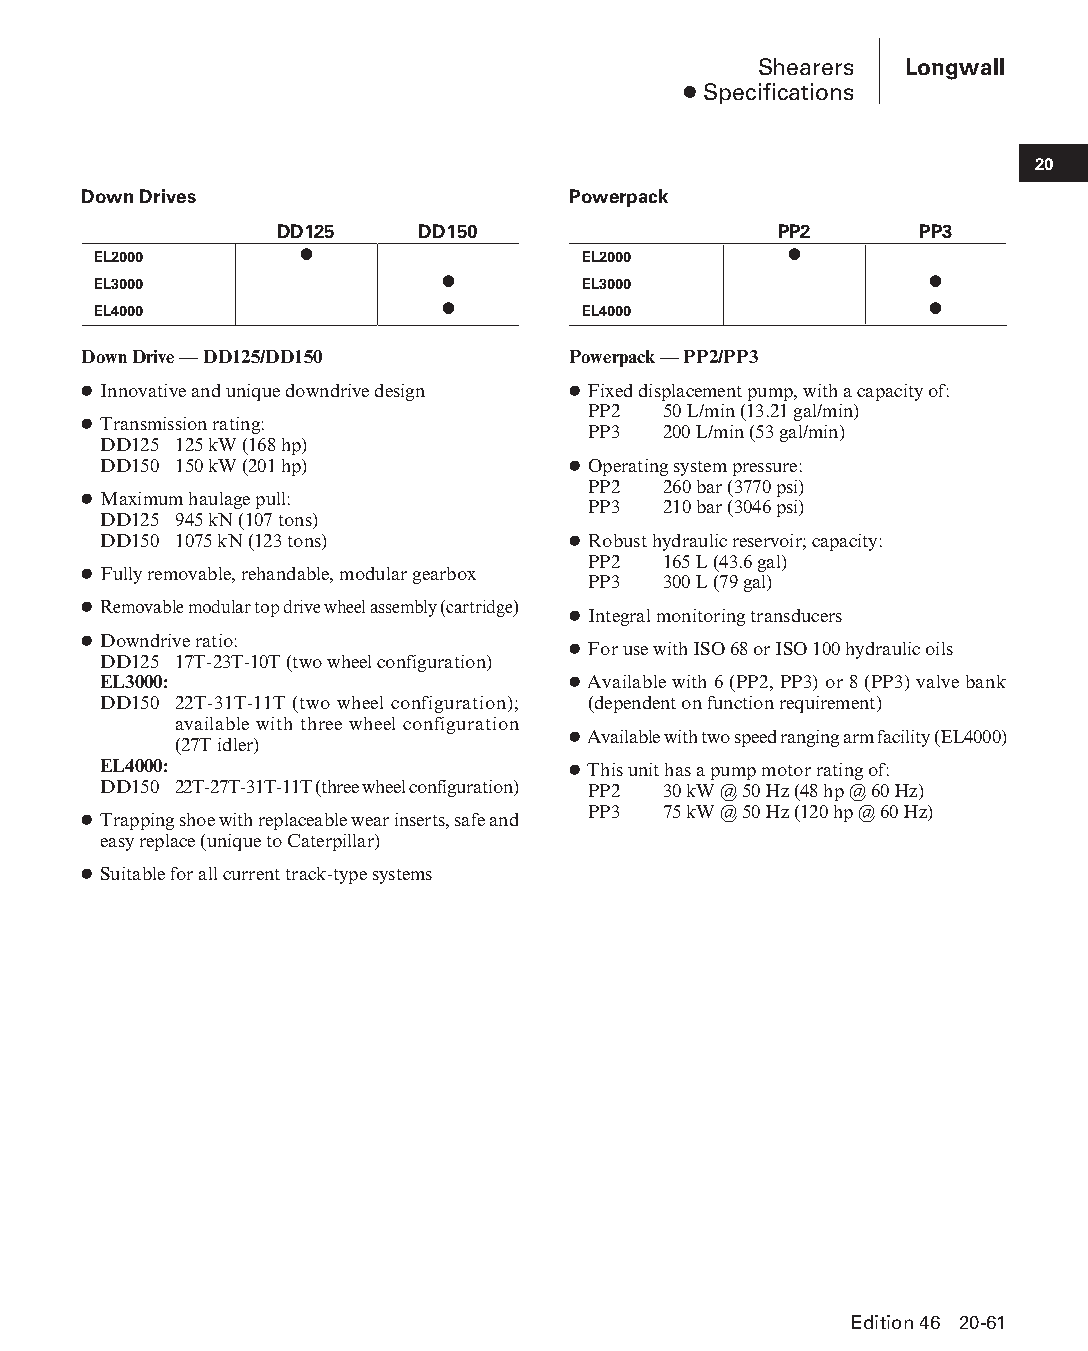
Shearers Longwall
 ● Specifications
 20
 Down Drives                     Powerpack
 DD125    DD150                   PP2      PP3
 EL2000       ●                  EL2000        ●
 EL3000                 ●        EL3000                 ●
 EL4000                 ●        EL4000                 ●
 Down Drive — DD125/DD150        Powerpack — PP2/PP3
 ● Innovative and unique downdrive design ● Fixed displacement pump, with a capacity of:
 PP2  50 L/min (13.21 gal/min)
 ● Transmission rating:
 PP3  200 L/min (53 gal/min)
 DD125 125 kW (168 hp)
 DD150 150 kW (201 hp)          ● Operating system pressure:
 PP2  260 bar (3770 psi)
 ● Maximum haulage pull:
 PP3  210 bar (3046 psi)
 DD125 945 kN (107 tons)
 DD150 1075 kN (123 tons)       ● Robust hydraulic reservoir; capacity:
 PP2  165 L (43.6 gal)
 ● Fully removable, rehandable, modular gearbox
 PP3  300 L (79 gal)
 ● Removable modular top drive wheel assembly (cartridge)
 ● Integral monitoring transducers
 ● Downdrive ratio:
 ● For use with ISO 68 or ISO 100 hydraulic oils
 DD125 17T-23T-10T (two wheel configuration)
 EL3000:                        ● Available with 6 (PP2, PP3) or 8 (PP3) valve bank
 DD150 2 2T-31T-11T (two wheel configuration); (dependent on function requirement)
 available with three wheel configuration
 ● Available with two speed ranging arm facility (EL4000)
 (27T idler)
 EL4000:                        ● This unit has a pump motor rating of:
 DD150 2 2T-27T-31T-11T (three wheel configuration) PP2 30 kW @ 50 Hz (48 hp @ 60 Hz)
 PP3  75 kW @ 50 Hz (120 hp @ 60 Hz)
 ● Trapping shoe with replaceable wear inserts, safe and
 easy replace (unique to Caterpillar)
 ● Suitable for all current track-type systems
 Edition 46 20-61
 PPHHBB--SSeecc2200--LLoonnggwwaallll((ppgg002255--112200))..iinndddd 6611 1122//44//1155 1111::0022 AAMM